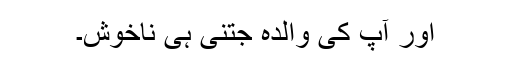
اور آپ کی والدہ جتنی ہی ناخوش۔